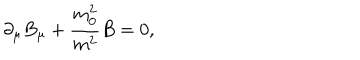
\partial _ { \mu } B _ { \mu } + \frac { m _ { 0 } ^ { 2 } } { m ^ { 2 } } B = 0 ,